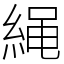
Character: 䋲